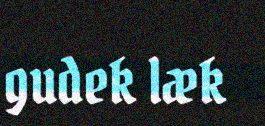
gudek læk